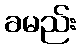
ခမည်း